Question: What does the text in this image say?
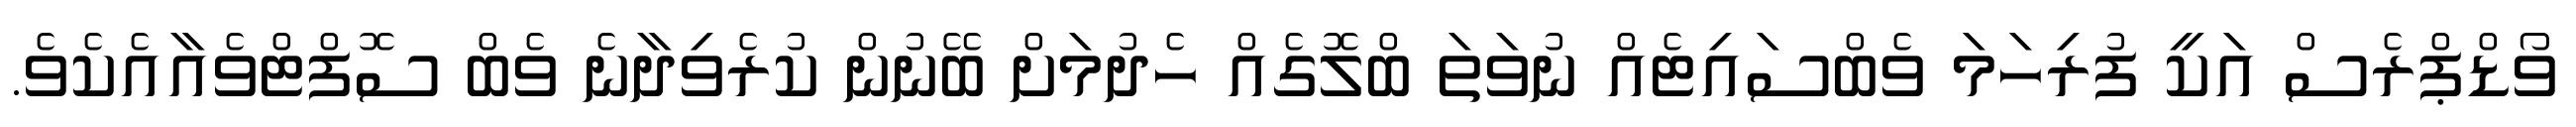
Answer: ވޯޑްޕްރެސް އަކީ ފުރިހަމަ ވެބްސައިޓެއް ނުވަތަ ބްލޮގެއް ހެދުމަށް ބޭނުން ކުރެވިދާނެ ވެބް ސޮފްޓްވެއާއެކެވެ.